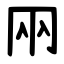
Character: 㒳